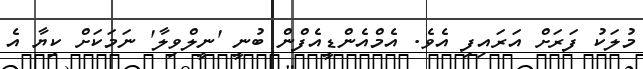
މުލަކު ފަރަށް އަރައިފި އެވެ. އެމްއެންޑީއެފްން ބުނީ 'ނީލްވިލާ' ނަމަކަށް ކިޔާ އެ